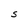
Character: S